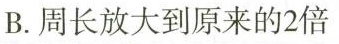
B.周长放大到原来的2倍